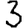
Digit: 3